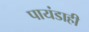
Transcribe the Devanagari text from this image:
पायंडाही